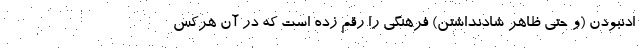
ادنبودن (و حتی ظاهر شادنداشتن) فرهنگی را رقم زده است که در آن هرکس